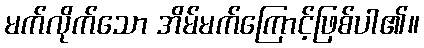
မက်လိုက်သော အိမ်မက်ကြောင့်ဖြစ်ပါ၏။